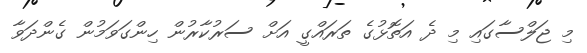
މި ޖަލްސާގައި މި ދެ އަތޮޅުގެ ތަރައްގީ އަށް ސަރުކާރުން ހިންގަވަމުން ގެންދަވާ